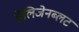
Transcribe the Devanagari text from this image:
हेलिजेनब्लट